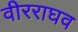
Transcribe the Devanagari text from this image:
वीरराघव